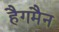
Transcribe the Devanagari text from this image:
हैगमैन